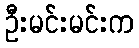
ဦးမင်းမင်းက